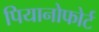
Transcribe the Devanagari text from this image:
पियानोफोर्ट